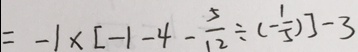
= - 1 \times [ - 1 - 4 - \frac { 5 } { 1 2 } \div ( - \frac { 1 } { 5 } ) ] - 3